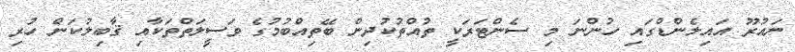
ނައުރޫ އައިލެންޑްގައި ހުންނަ މި ސެންޓަރަކީ ތުއްތުކުދިން ބޭތިއްބުމުގެ ވަސީލަތްތަކާއި ޤާބިލުކަން ހުރި